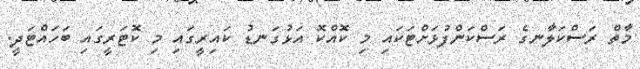
މާތް ރަސްކަލާނގެ ރަސްކަންފުޅަށްޓަކައި މި ކޮއްކޮ އަޅުގަނޑު ކައިރީގައި މި ކޮޓަރީގައި ބަހައްޓަދީ.